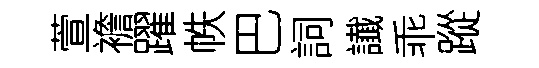
萱襜躍帙巴詞䜟乖蹤